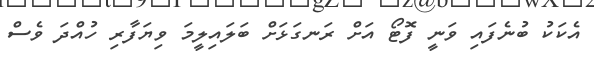
އެކަކު ބުނެފައި ވަނީ ފޮޓޯ އަށް ރަނގަޅަށް ބަލައިލީމަ ވިޔަފާރި ހުއްދަ ވެސް